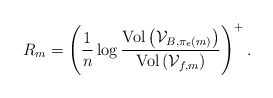
\begin{align*}R_{m}=\left(\frac{1}{n}\log\frac{\textrm{Vol}\left(\mathcal{V}_{B,\pi_{e}\left(m\right)}\right)}{\textrm{Vol}\left(\mathcal{V}_{f,m}\right)}\right)^{+}.\end{align*}